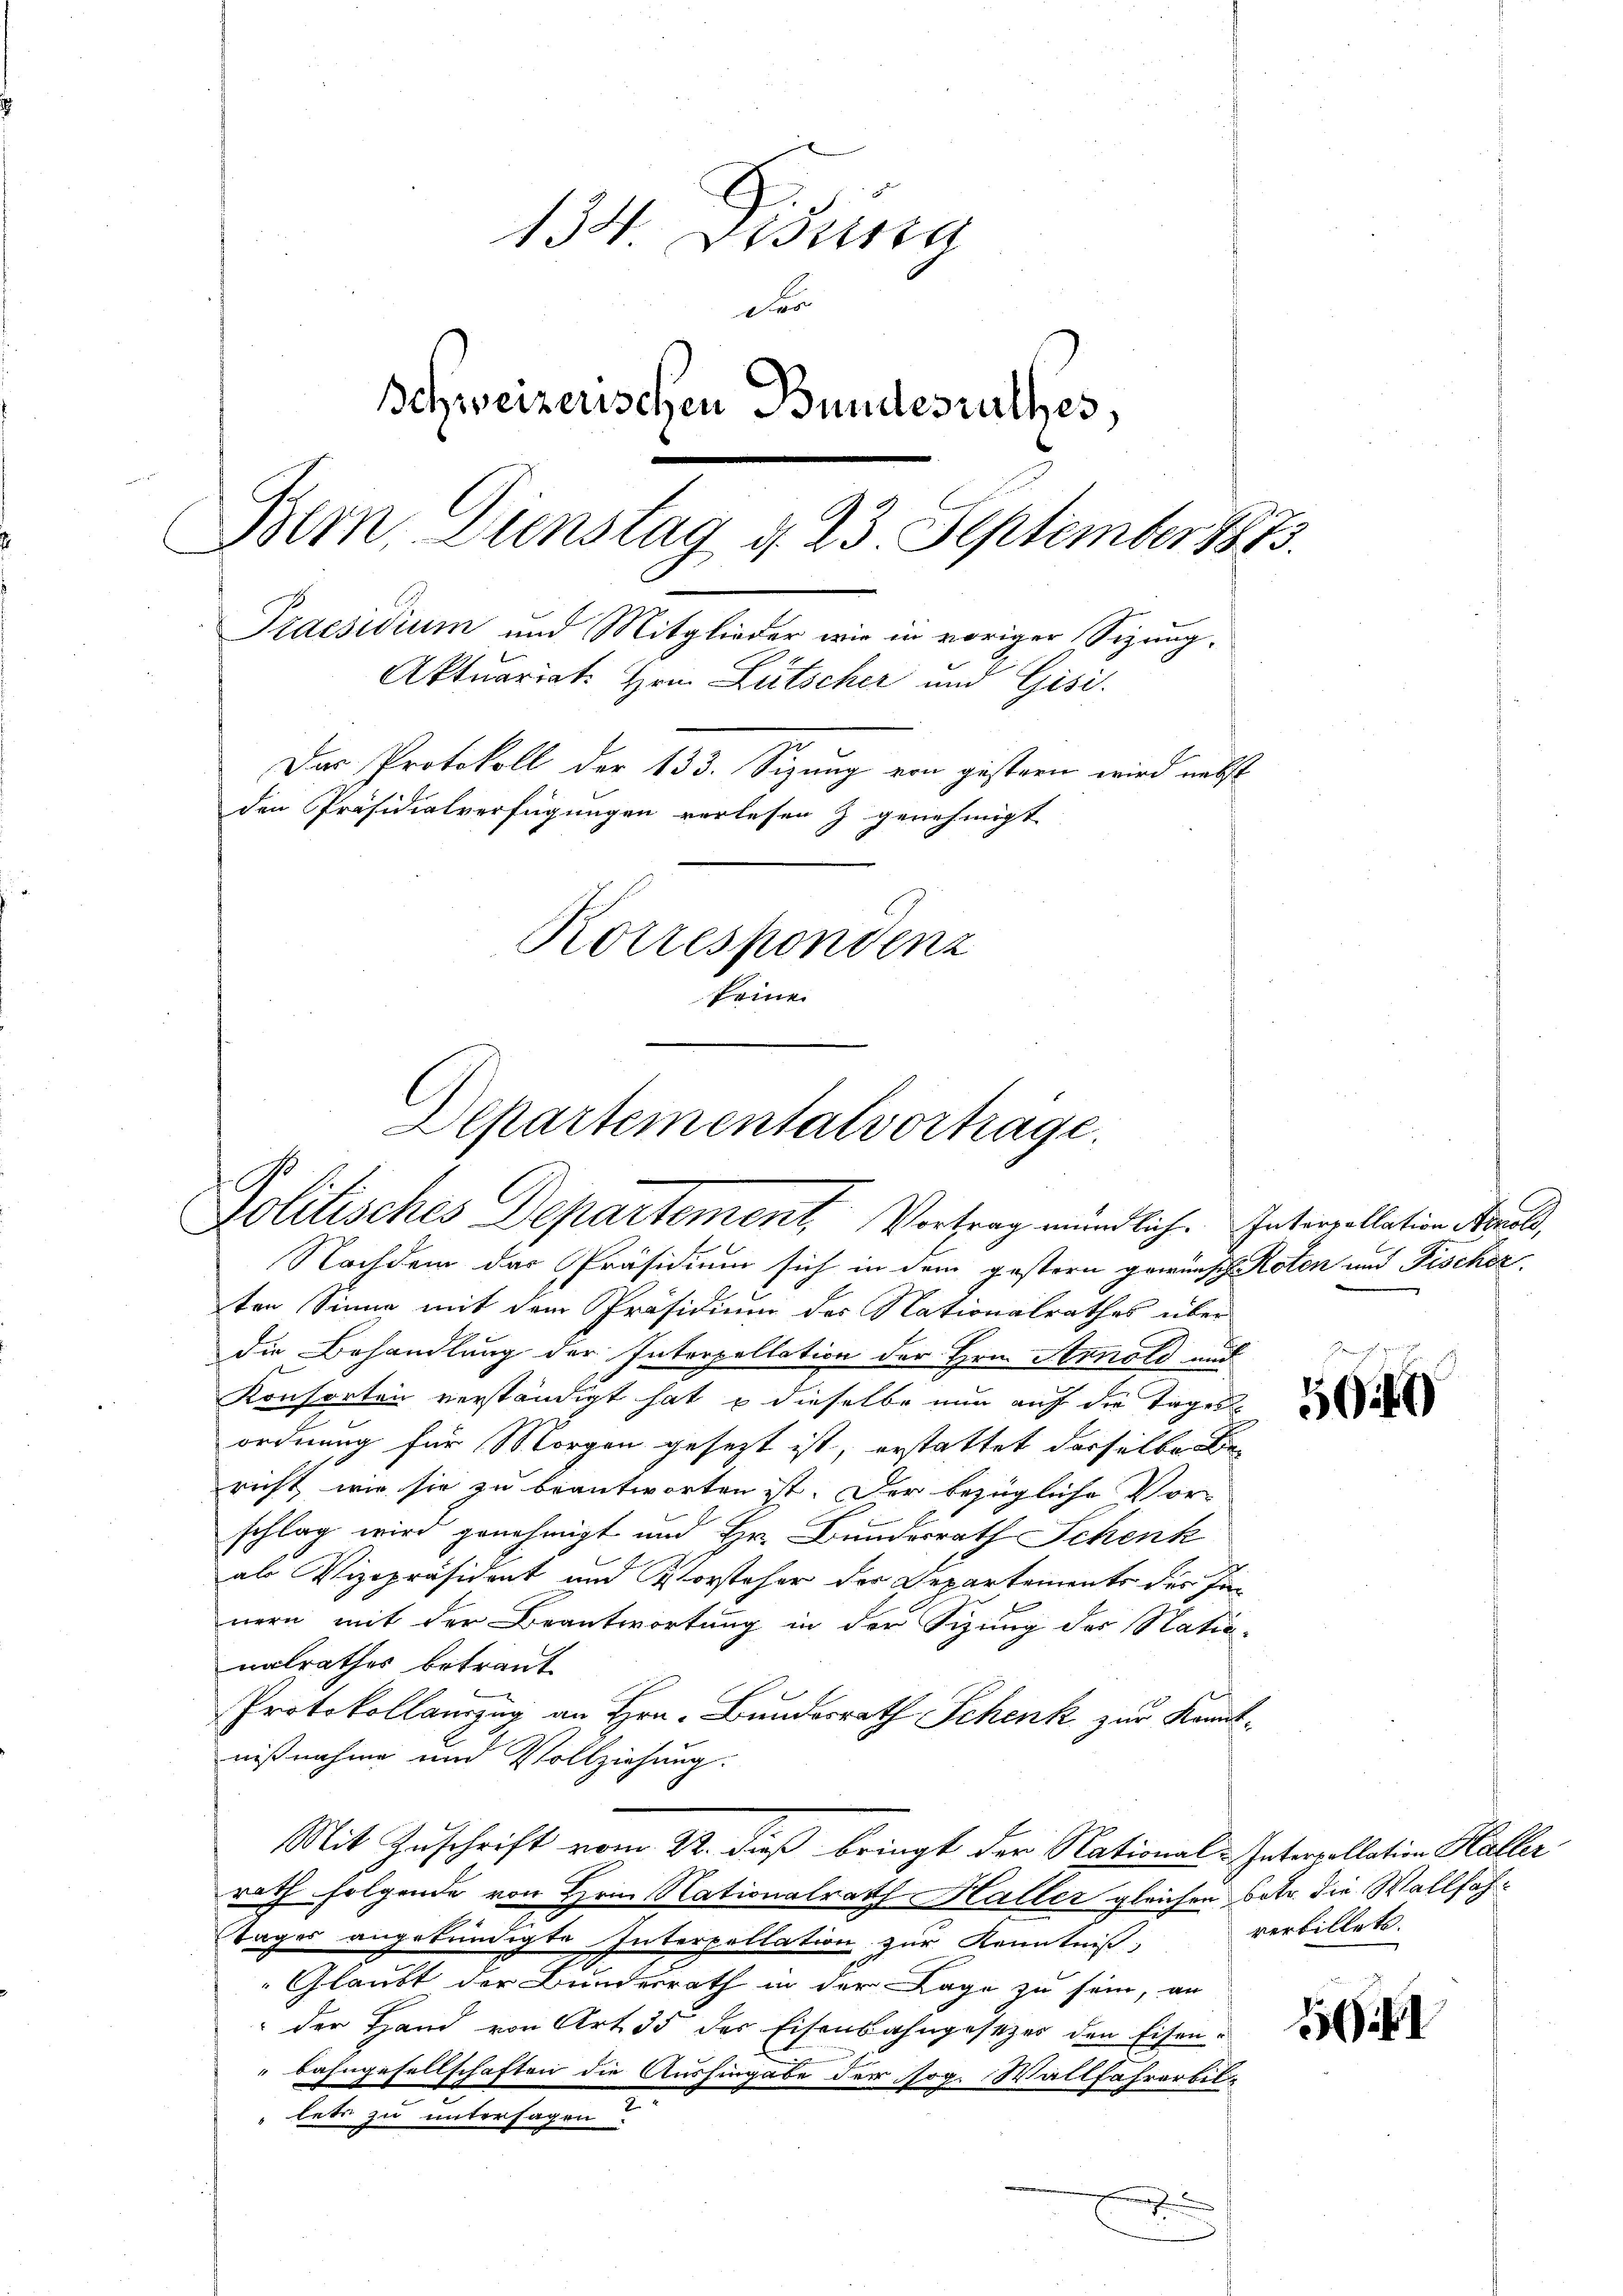
134. Disung
De
Schweizerischen Bundesrathes
Bern Dienstag d. 23 September 1873.
Praesidium und Mitglieder wie in voriger Sizung¬
Aktuariat. Hrn. Lütscher und Gisi-
Das Protokoll der 133. Sizung von gestern wird nebst
den Präsidialverfügungen verlesen z genehmigt
Korrespondenz
keine

Departementatvorträge.
.
Politisches Departement, Vortrag mündlich. Interpollation Norels,

Nachdem das Präsidium sich in dem gestern gewünsch Roten und Fischer
ten Sinne mit dem Präsidium des Nationalrathes über
die Behandlung der Interpellation der Hrn. Arnold und
Konsorten verständigt hat & dieselbe nun auf die Tages-
ordnung für Morgen gesezt ist, erstattet derselbe de
richt wie sie zu beantworten ist. Der bezügliche Vor-
schlag wird genehmigt und Hr. Bundesrath Schenk
als Vizepräsident und Vorsteher der Departements des Innern mit der Beantwortung in der Sizung der Nationalrathes betraut
Protokollauszug an Hrn. Bundesrath Schenk zur Kenntnißnahme und Vollziehung.
Mit Zuschrift vom 22. dieß bringt der National-Interpollation Haller
roth folgende von Hrn. Nationalrath Haller gleichen betr. die Wallfah¬
2
Tages angekündigte Interpellation zur Kenntniß
Glaubt der Bundesrath in der Lage zu sein, an
der Hand von Art. 35 der Eisenbahngesetzes den Eisenbahngesellschaften die Aushingabe der sog. Wallfahrerbitlete zu untersagen?
.
.

i)

verbillet.

1